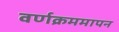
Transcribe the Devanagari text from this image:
वर्णक्रममापन